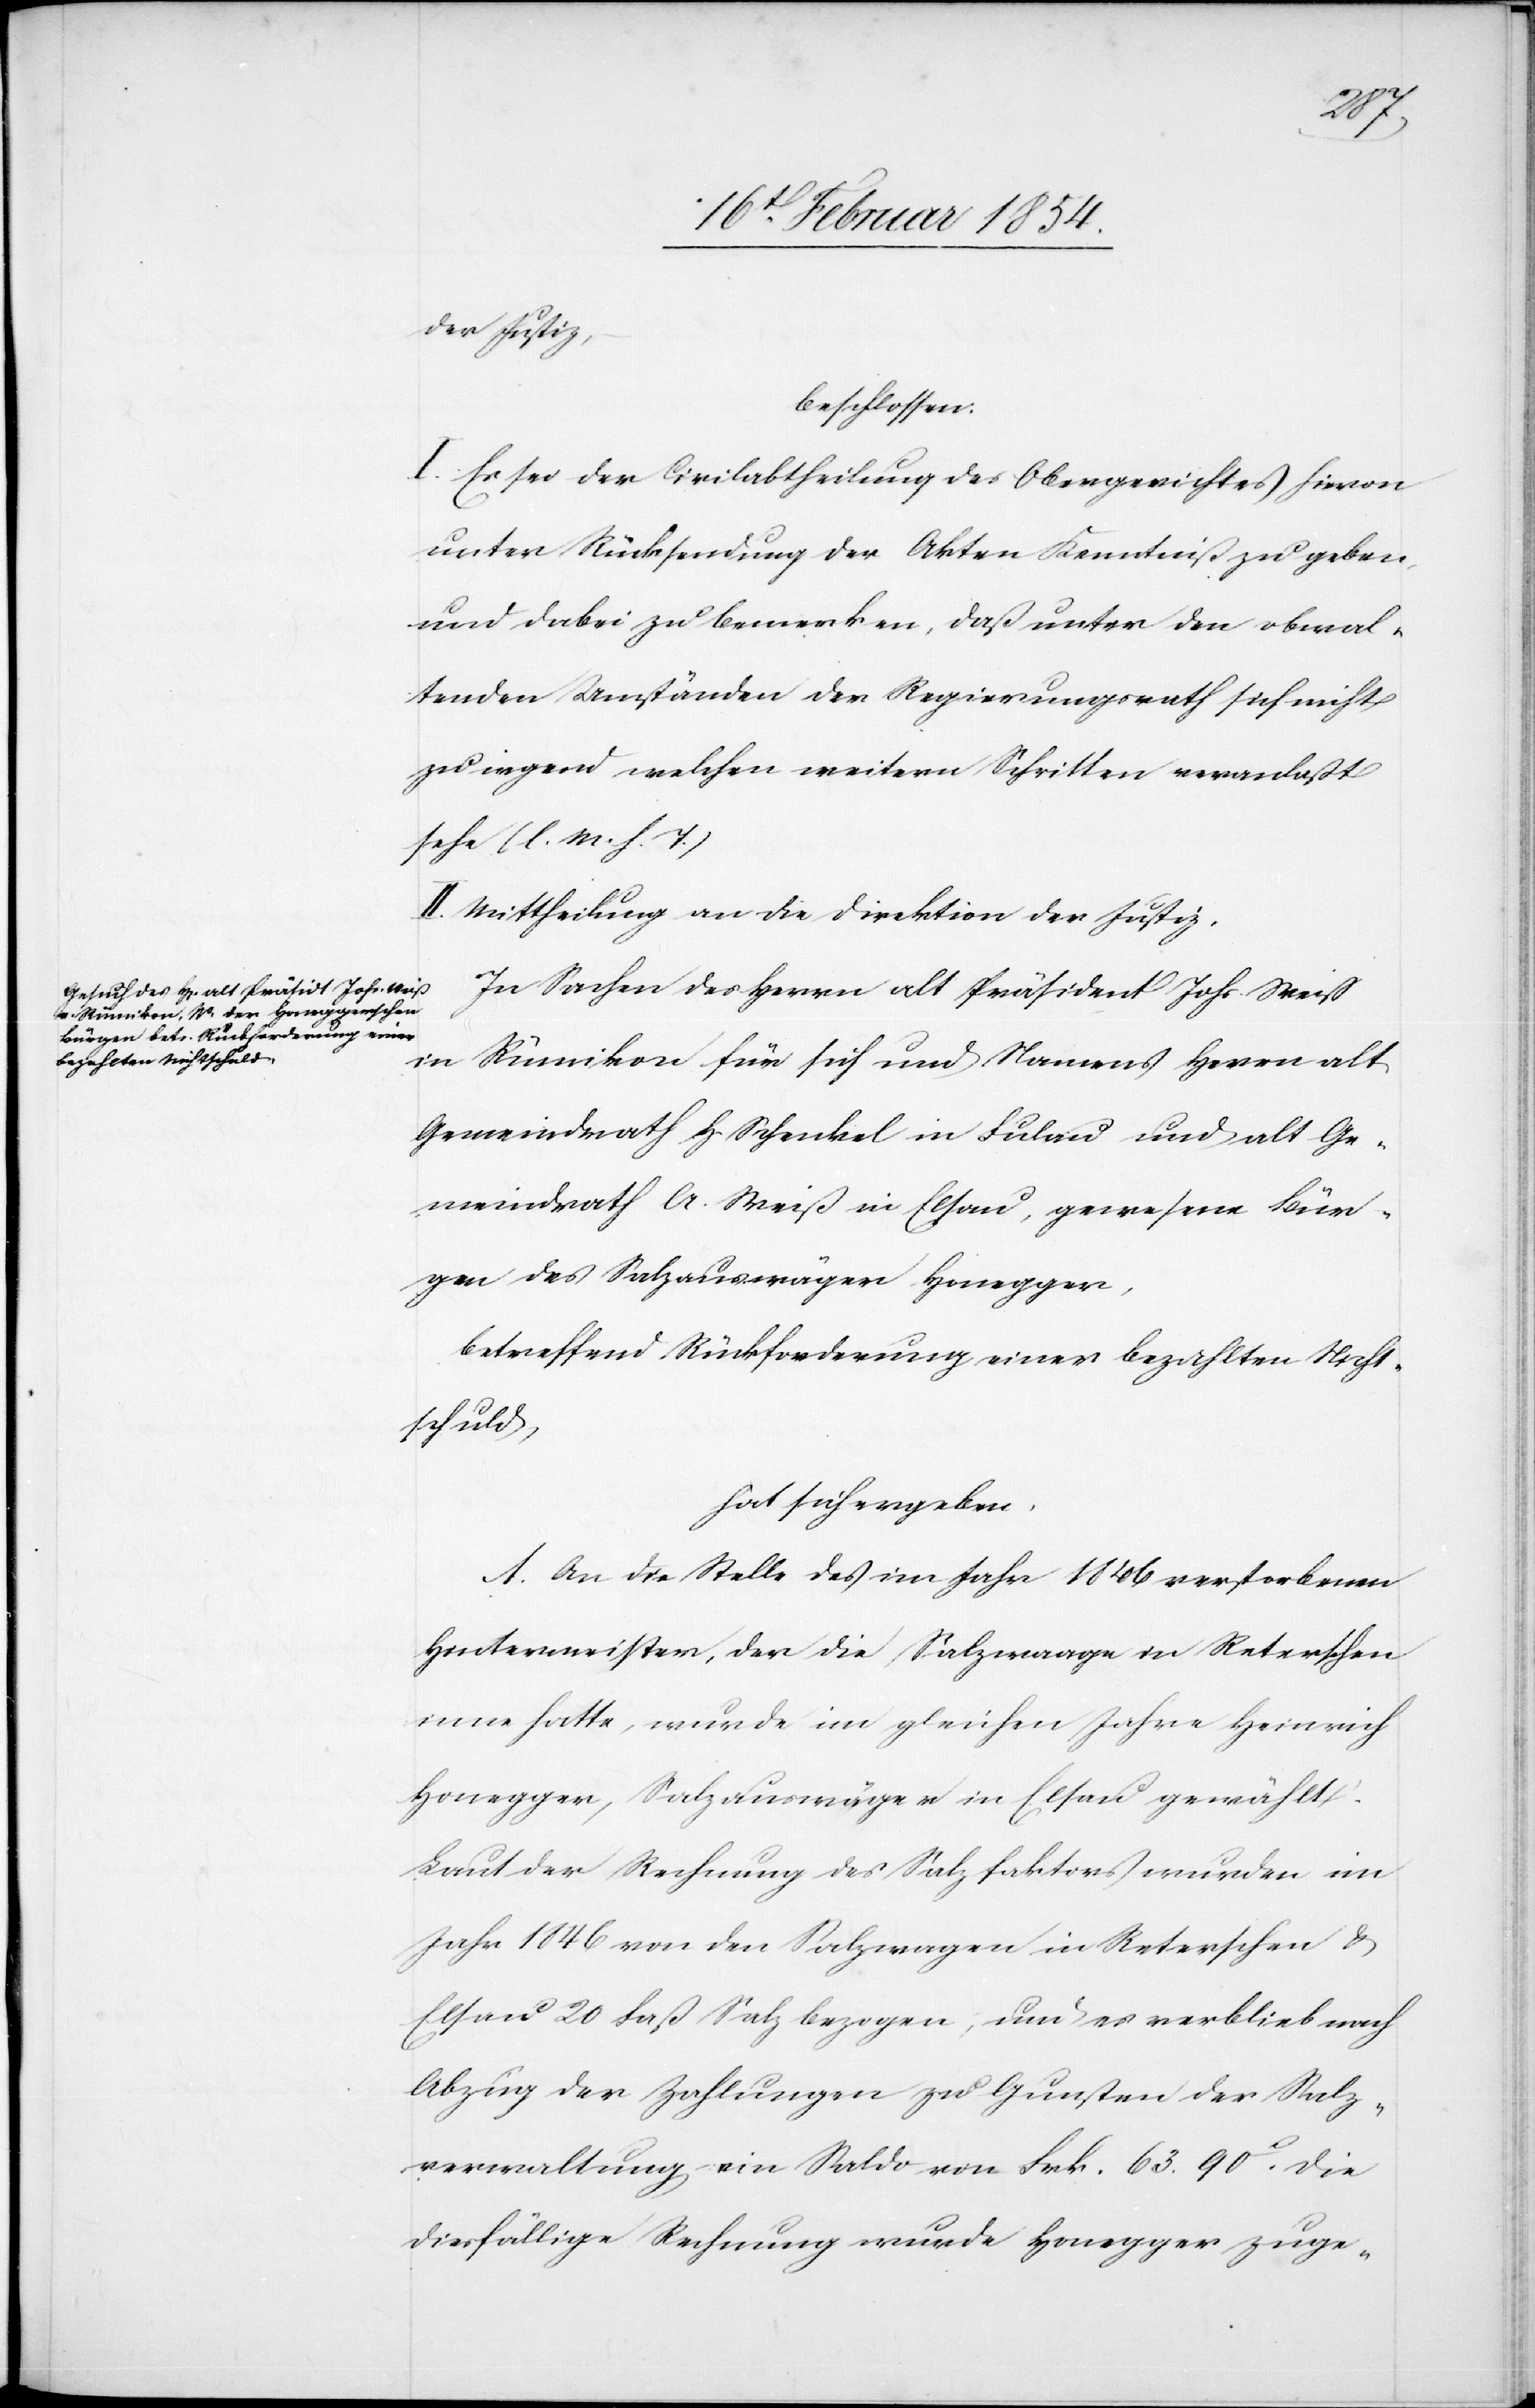
der Justiz,
beschlossen:
I. Es sei der Civilabtheilung des Obergerichtes hievon
unter Rücksendung der Akten Kenntniß zu geben,
und dabei zu bemerkten, daß unter den obwal¬
tenden Umständen der Regierungsrath sich nicht
zu irgend welchen weitern Schritten veranlaßt
sehe (l. M. h. T.)
II. Mittheilung an die Direktion der Justiz.
In Sachen des Herrn alt Präsident Johs. Weiß
in Rümikon für sich und Namens Herrn alt
Gemeindrath H. Schenkel in Fulau und alt Ge¬
meindrath A. Weiß in Elsau, gewesene Bür¬
gen des Salzauswäger Honegger,
betreffend Rückforderung einer bezahlten Nicht¬
schuld,
hat sich ergeben.
A. An die Stelle des im Jahr 1846 verstorbenen
Hintermeister, der die Salzwaage in Reterschen
inne hatte, wurde im gleichen Jahre Heinrich
Honegger, Salzauswäger in Elsau gewählt.
Laut der Rechnung des Salzfaktors wurden im
Jahr 1846 von den Salzwagen in Reterschen &
Elsau 20 Faß Salz bezogen, und es verblieb nach
Abzug der Zahlungen zu Gunsten der Salz¬
verwaltung ein Saldo von Frk. 63.90c. Die
diesfällige Rechnung wurde Honegger zuge-